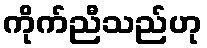
ကိုက်ညီသည်ဟု